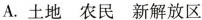
A.土地农民新解放区